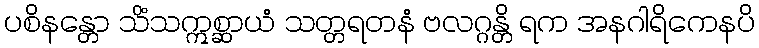
ပစိနန္တော သိံသဣစ္ဆာယံ သတ္တရတနံ ဗလဂ္ဂန္တိ ရက အနဂါရိကေနပိ